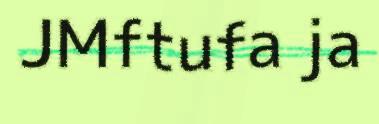
JMftufa ja